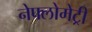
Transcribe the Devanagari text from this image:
नेफ्लोमेट्री